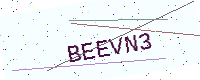
Text: BEEVN3